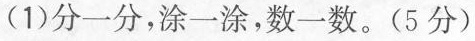
(1)分一分，涂一涂，数一数。(5分)